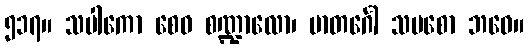
၅၁၇။ သပါကော စေဝ စဏ္ဍာလော၊ မာတင်္ဂေါ သပစော ဘဝေ။